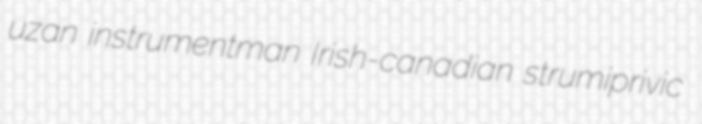
uzan instrumentman Irish-canadian strumiprivic